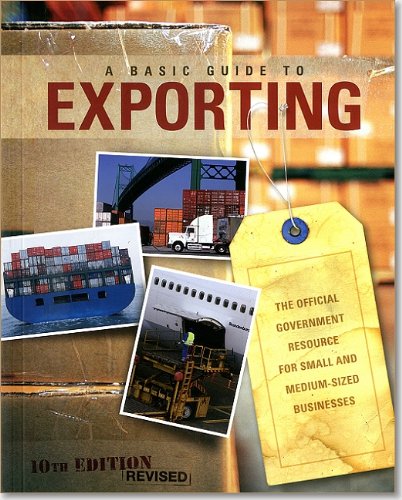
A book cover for Basic Guide to Exporting: The Official Government Resource for Small and Medium-Sized Businesses; Business & Money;